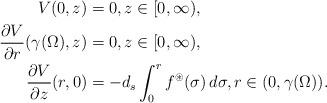
LaTeX: \begin{align*}V(0,z) & =0, z\in[0,\infty), \\\frac{\partial V}{\partial r}(\gamma(\Omega),z) & =0,z\in[0,\infty), \\\frac{\partial V}{\partial z}(r,0) & =-d_s\int_{0}^{r}f^{\circledast}(\sigma)\,d\sigma,r\in(0,\gamma(\Omega)).\end{align*}